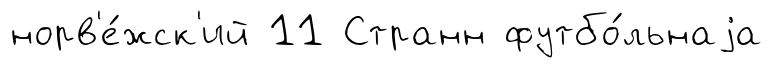
норв'е́жск'ий 11 Странн футбо́льнаjа